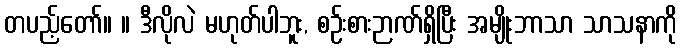
တပည့်တော်။ ။ ဒီလိုလဲ မဟုတ်ပါဘူး, စဉ်းစားဉာဏ်ရှိပြီး အမျိုးဘာသာ သာသနာကို